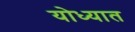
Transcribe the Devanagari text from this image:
योध्यात